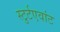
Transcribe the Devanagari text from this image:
स्टुर्टएवांट